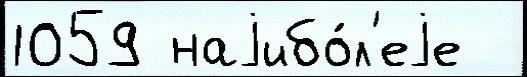
1059 наjибо́л'еjе